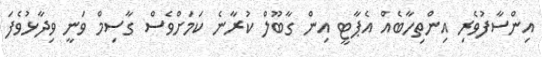
އިންސާފުވެރި އިންތިހާބެއް އެޕާޓީ އިން ގާބޫލް ކުރާނެ ކަމަށްވެސް ގާސިމް ވަނީ ވިދާޅުވެފަ